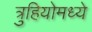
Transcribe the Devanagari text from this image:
त्रुहियोमध्ये